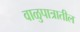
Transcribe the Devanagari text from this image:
वाळुपात्रातील